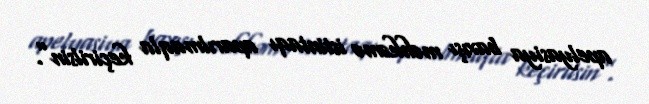
apelyasiya baxışı məhkəmə istintaqı aparılmaqla keçirilsin”.